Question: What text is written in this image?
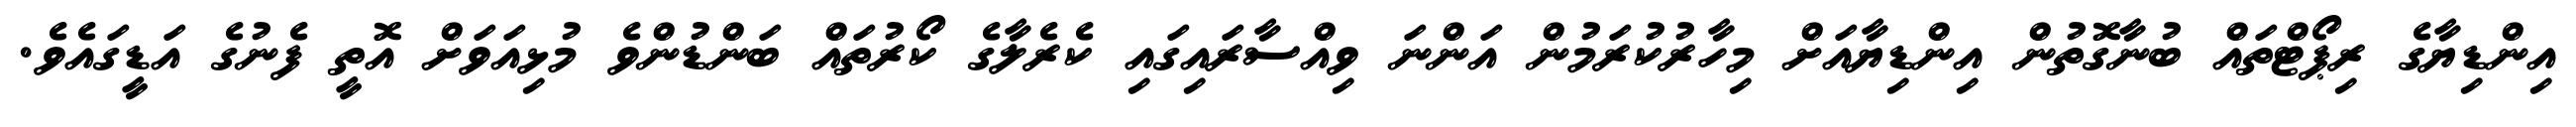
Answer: އިންޑިޔާގެ ރިޕޯޓްތައް ބުނާގޮތުން އިންޑިޔާއަށް މިހާރުކުރަމުން އަންނަ ވިއްސާރައިގައި ކެރެލާގެ ކޯރުތައް ބަންޑުންވެ މުޅިއަވަށް އޮތީ ފެނުގެ އަޑީގައެވެ.